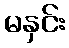
မနှင်း